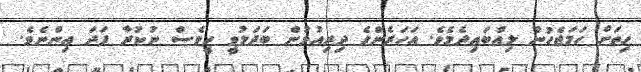
ހިތަށް ހަމަޖެހުން ލިއްބައިދެމެވެ. އަހަރެންގެ ދިރިއުޅުން ބަދަލުވީ ހީވެސް ނުކުރާ ފަދަ އިންނެވެ.